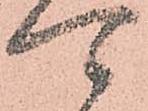
可